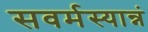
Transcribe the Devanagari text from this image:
सवर्मस्यान्नं